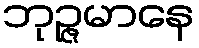
ဘုဉ္ဇမာနေ